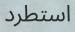
استطرد